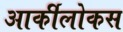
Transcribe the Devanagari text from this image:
आर्कीलोकस